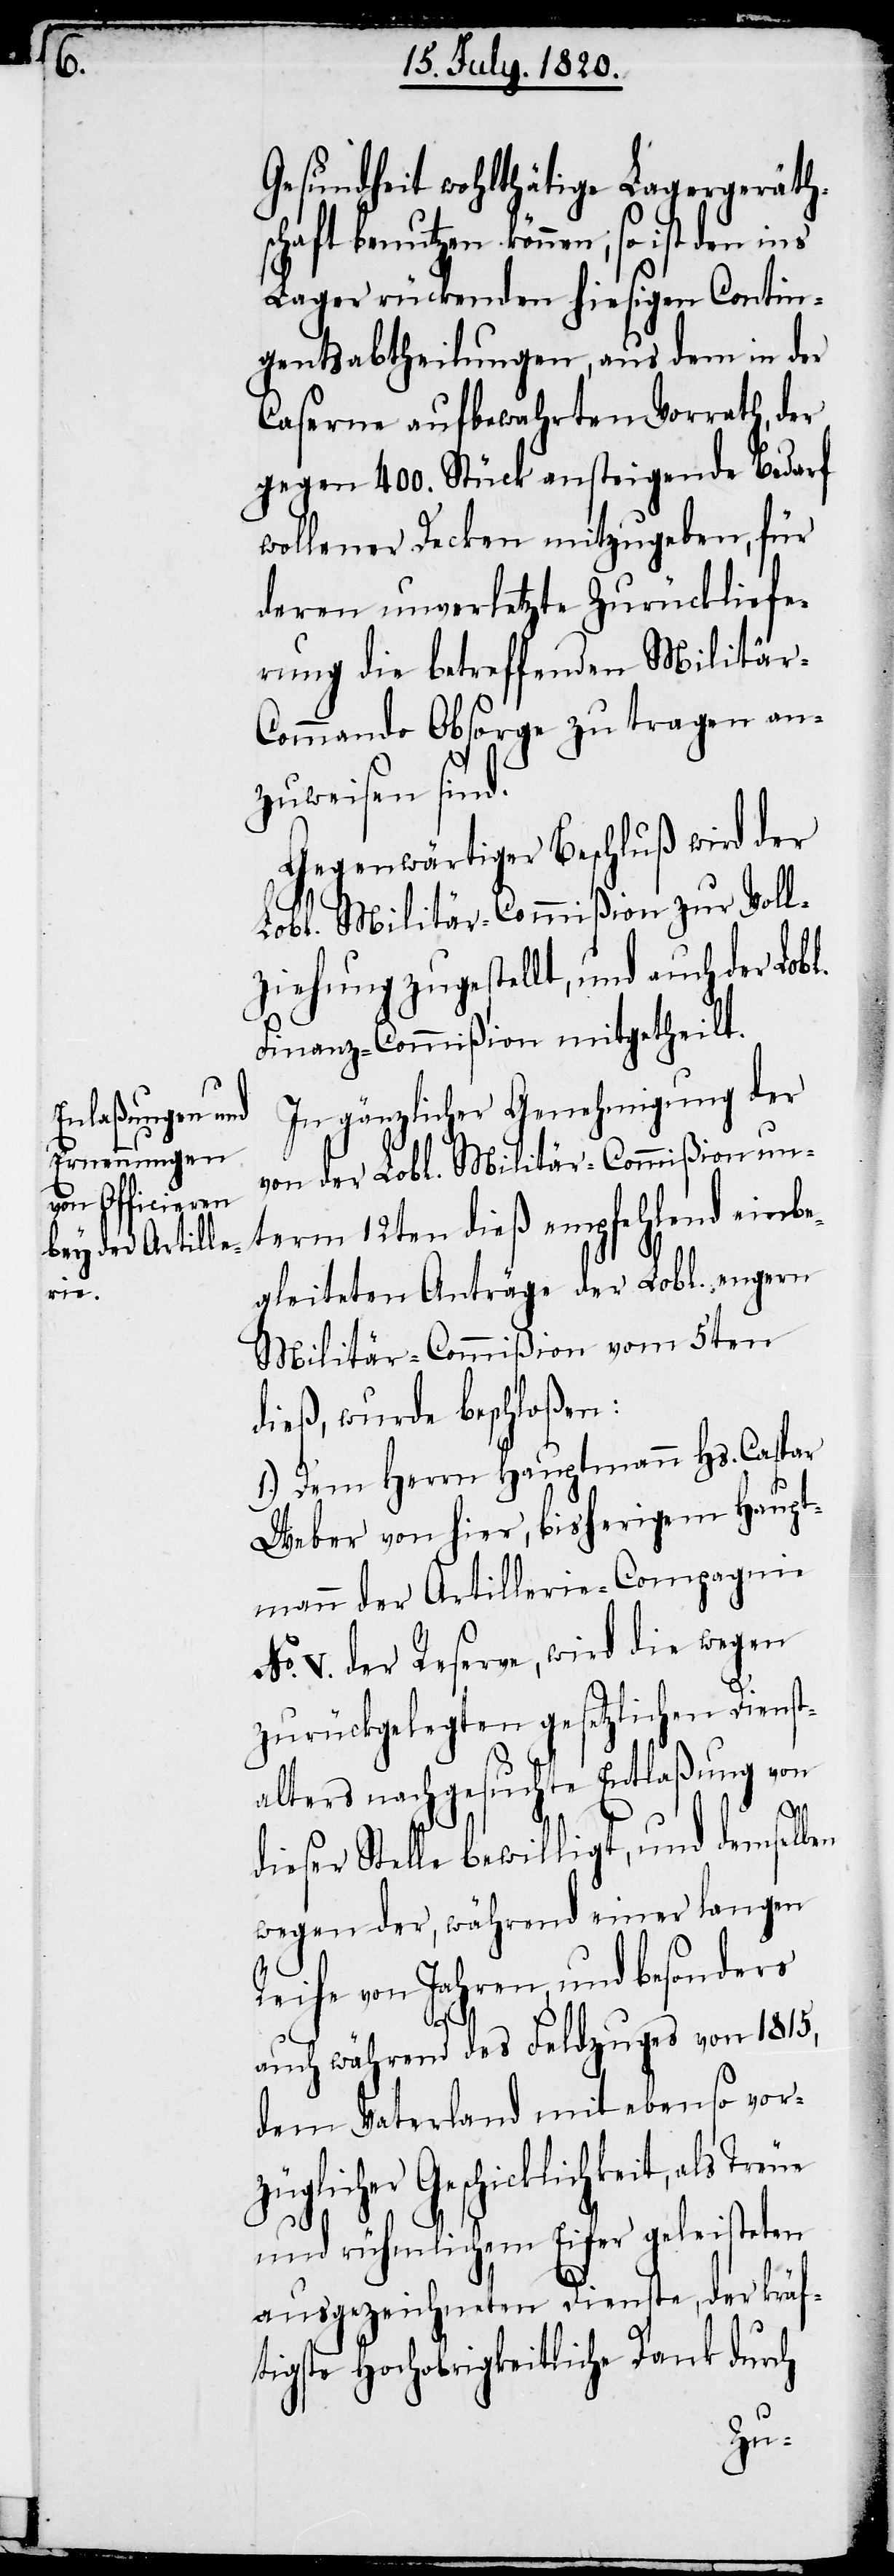
Gesundheit wohlthätige Lagergeräth¬
schaft benutzen können; so ist
Lager rückenden hiesigen Contin¬
gentsabtheilungen, aus dem in der
Caserne aufbewahrten Vorrath, der
gegen 400. Stück aufsteigende Bedarf
wollener Decken mitzugeben, für
deren unverletzte Zurückliefe¬
rung die betreffenden Militär-C¬
ommando Obsorge zu tragen an¬
zuweisen sind.
Gegenwärtiger Beschluß wird der
Lobl. Militär-Commißion zur Voll¬
ziehung zugestellt, und auch der Lobl.
Finanz-Commißion mitgetheilt.
In gänzlicher Genehmigung der
von der Lobl. Militär-Commißion un¬
term 12ten dieß empfehlend einbe¬
gleiteten Anträge der Lobl. engern
Militär-Commißion vom 5ten
dieß, wurde beschloßen:
1.) Dem Herrn Hauptmann Hs. Caspar
Weber von hier, bisherigem Haupt¬
mann der Artillerie-Compagnie
No. V. der Reserve, wird die wegen
zurückgelegten gesetzlichen Dienst¬
alters nachgesuchte Entlaßung von
dieser Stelle bewilligt, und demselben
wegen der, während einer langen
Reihe von Jahren, und besonders
auch während des Feldzuges von 1815.,
dem Vaterland mit ebenso vor¬
züglicher Geschicklichkeit, als Treue
und rühmlichen Eifer geleisteten
ausgezeichneten Dienste, der kräf¬
tigste Hochobrigkeitliche Dank durch